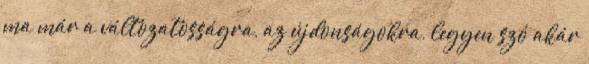
ma már a változatosságra, az újdonságokra, legyen szó akár